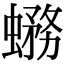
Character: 𧐙